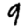
Digit: 9